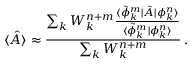
\langle \hat { A } \rangle \approx \frac { \sum _ { k } W _ { k } ^ { n + m } \frac { \langle \tilde { \phi } _ { k } ^ { m } | \hat { A } | \phi _ { k } ^ { n } \rangle } { \langle \tilde { \phi } _ { k } ^ { m } | \phi _ { k } ^ { n } \rangle } } { \sum _ { k } W _ { k } ^ { n + m } } \, .